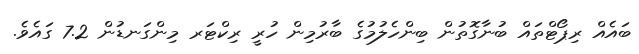
ބައެއް ރިޕޯޓްތައް ބުނާގޮތުން ބިންހެލުމުގެ ބާރުމިން ހުރީ ރިކްޓަރ މިންގަނޑުން 7.2 ގައެވެ.